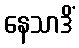
နေသာဒိံ